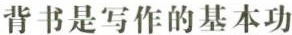
背书是写作的基本功